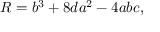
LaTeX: R = b ^ { 3 } + 8 d a ^ { 2 } - 4 a b c ,